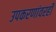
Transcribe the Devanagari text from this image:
उपकरणांवरही